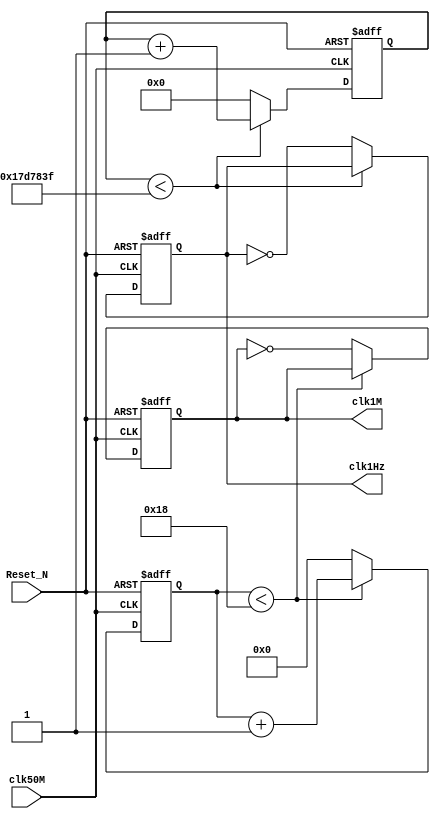
module fdiv(clk50M,Reset_N,clk1M,clk1Hz);
input clk50M,Reset_N;  //
output reg clk1M,clk1Hz; 

reg [4:0] CNT1M;
//
localparam MaxDiv1M=5'd24;

reg [27:0] CNT1Hz;
localparam MaxDiv1Hz=28'd24_999_999;

//1Mhz
always @(posedge clk50M or negedge Reset_N) begin
    if(!Reset_N) begin
        clk1M<=1'b0;
        CNT1M<=5'd0;
    end else if (CNT1M<MaxDiv1M) begin
        CNT1M<=CNT1M+1'b1;
    end else begin
        CNT1M<=5'd0;
        clk1M<=~clk1M;
    end
end

//1Hz
always @(posedge clk50M or negedge Reset_N) begin
    if(!Reset_N) begin
        clk1Hz<=1'b0;
        CNT1Hz<=28'd0;
    end else if (CNT1Hz<MaxDiv1Hz) begin
        CNT1Hz<=CNT1Hz+1'b1;
    end else begin
        CNT1Hz<=28'd0;
        clk1Hz<=~clk1Hz;
    end
end

endmodule